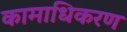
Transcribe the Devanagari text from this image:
कामाधिकरण